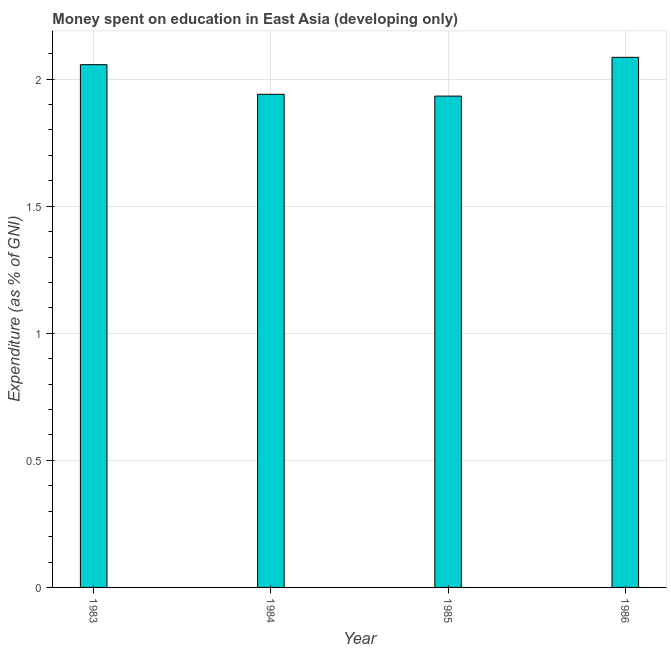
| Year | Education expenditure |
 | --- | --- |
 | 1983 | 2.06 |
 | 1984 | 1.94 |
 | 1985 | 1.93 |
 | 1986 | 2.09 |